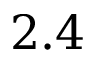
2 . 4